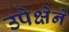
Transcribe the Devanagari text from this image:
उपेक्षेने